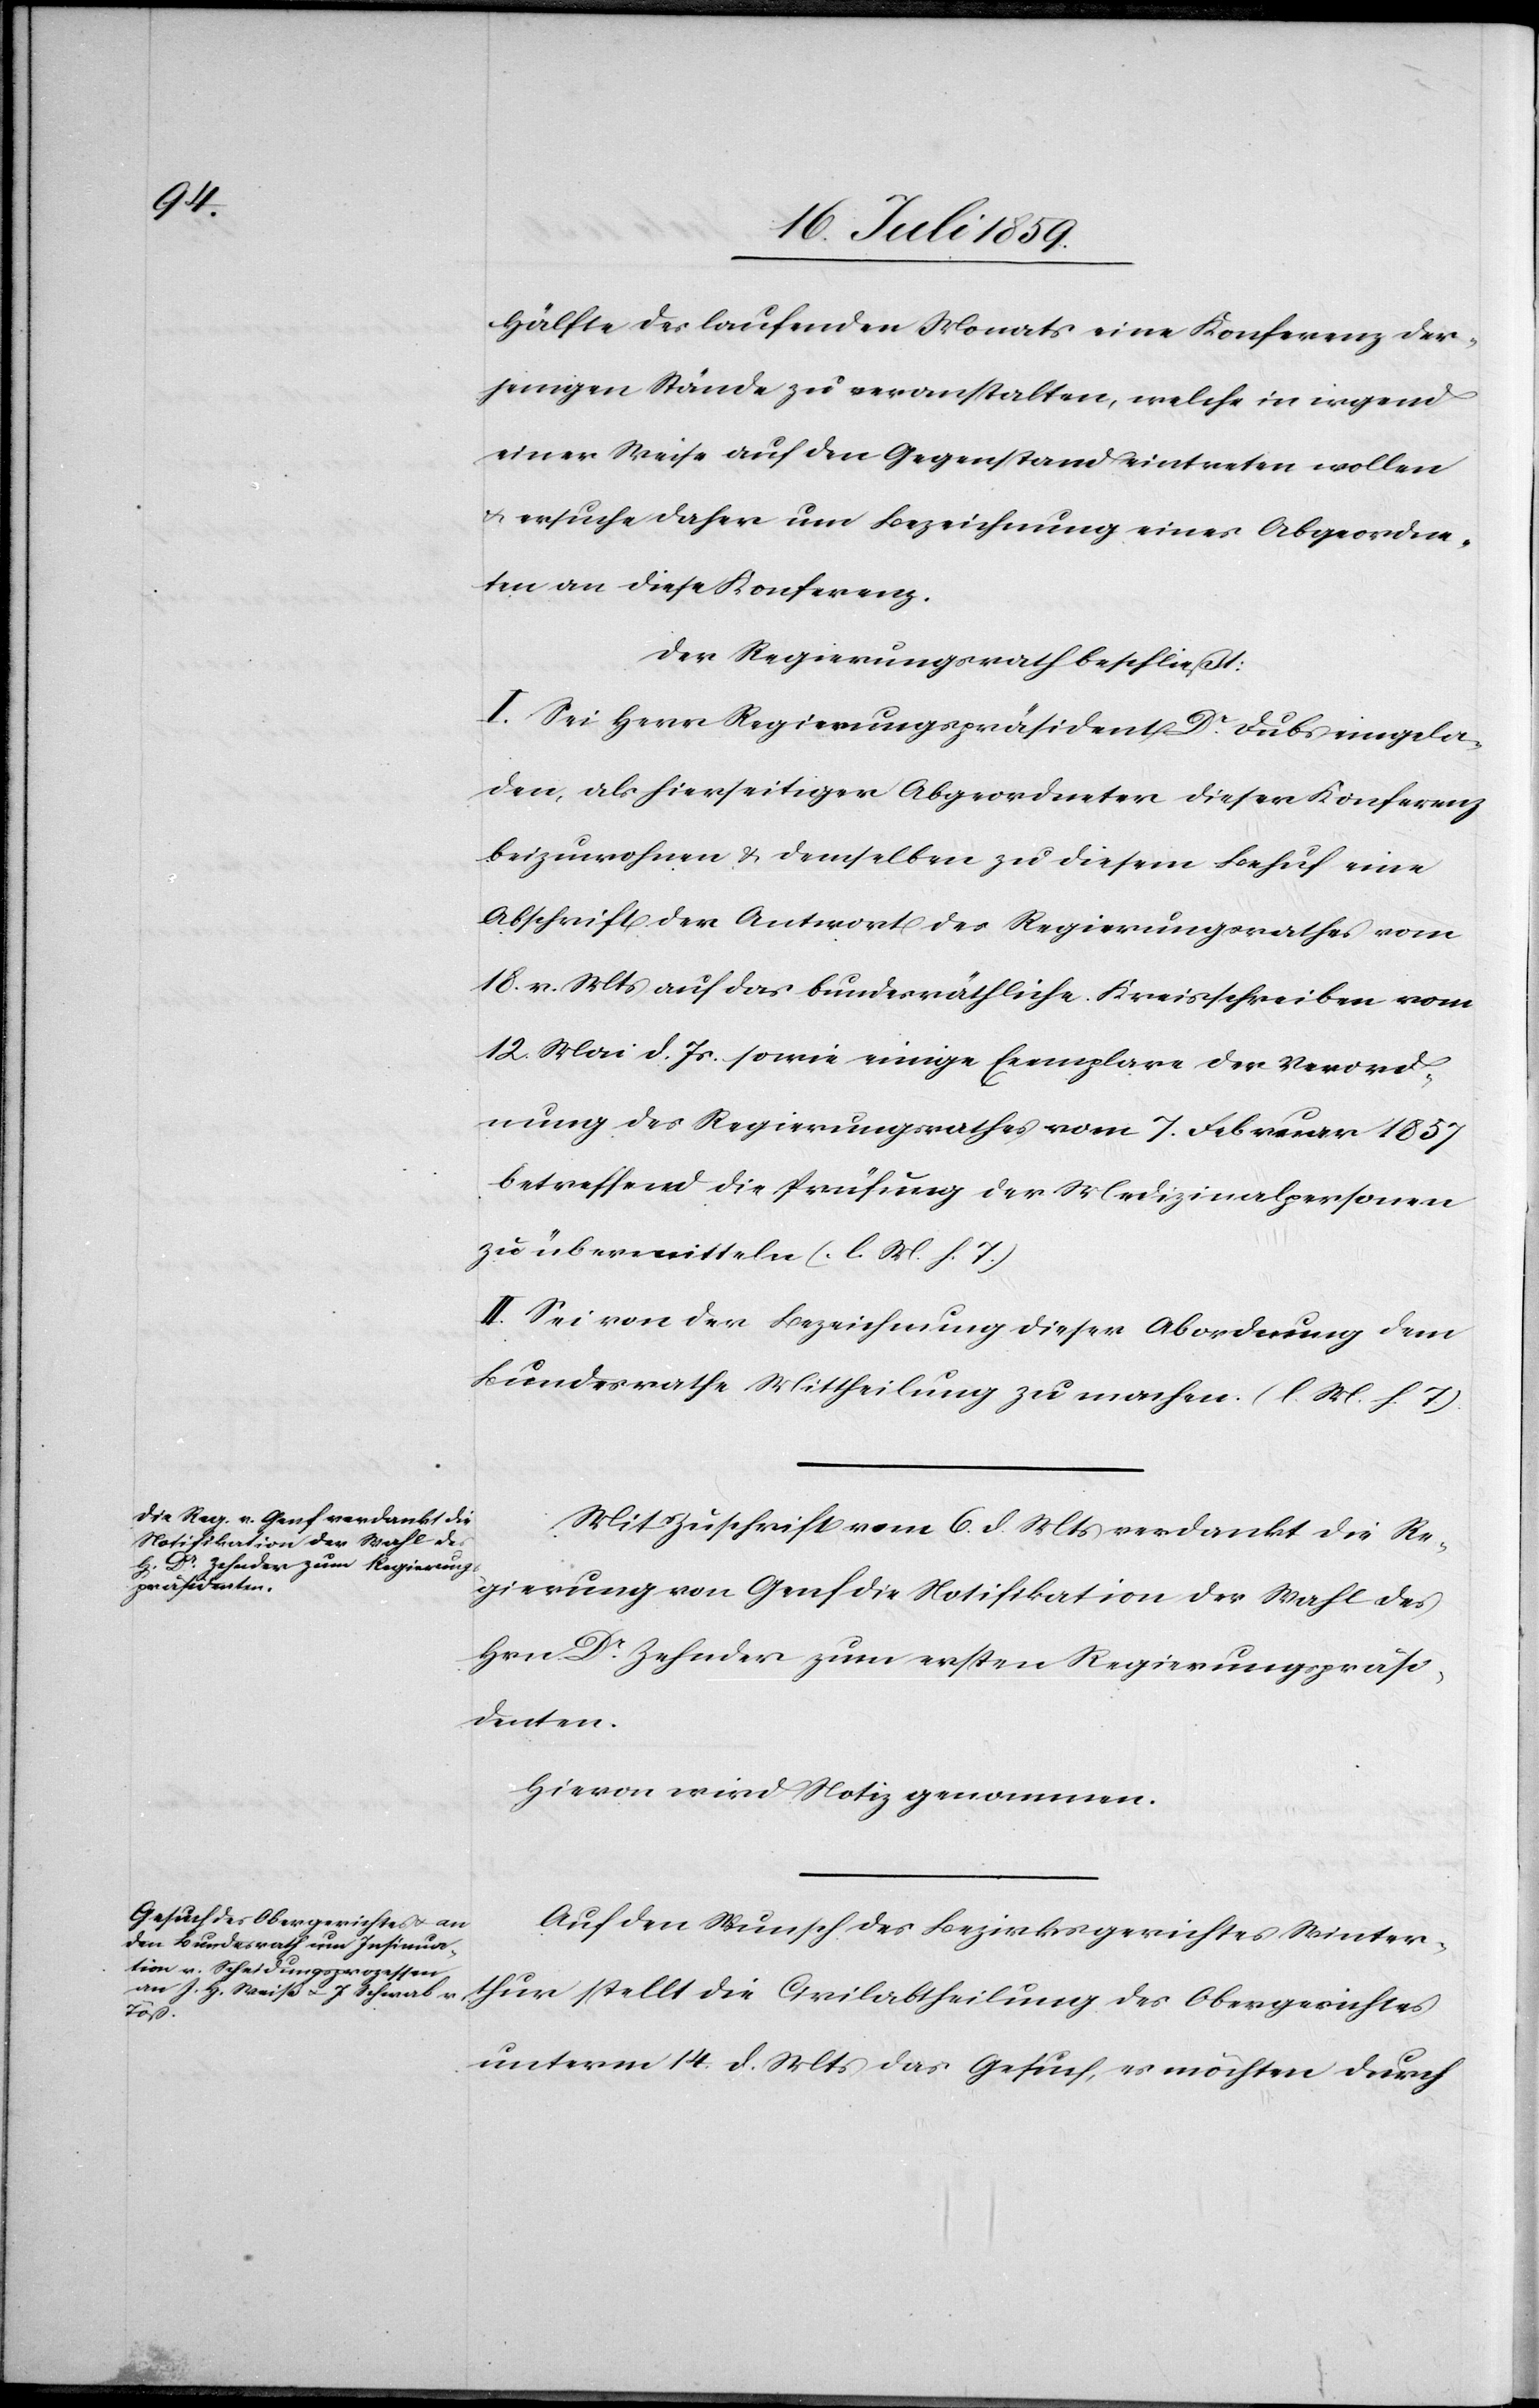
Hälfte des laufenden Monats eine Konferenz der¬
jenigen Stände zu veranstalten, welche in irgend
einer Weise auf den Gegenstand eintreten wollen
u. ersuche daher um Bezeichnung eines Abgeordne¬
ten an diese Konferenz.
Der Regierungsrath beschließt:
I. Sei Herr Regierungspräsident Dr. Dubs eingela¬
den, als hierseitiger Abgeordneter dieser Konferenz
beizuwohnen u. demselben zu diesem Behuf eine
Abschrift der Antwort des Regierungsrathes vom
18. v. Mts. auf das bundesräthliche Kreisschreiben vom
12. Mai d. Js. sowie einige Exemplare der Verord¬
nung des Regierungsrathes vom 7. Feburar 1857
betreffend die Prüfung der Medizinalpersonen
zu übermitteln (l. M. h. T.)
II. Sei von der Bezeichnung dieser Abordnung dem
Bundesrathe Mittheilung zu machen. (l. M. h. T.)
Mit Zuschrift vom 6. d. Mts. verdankt die Re¬
gierung von Genf die Notifikation der Wahl des
Hrn. Dr. Zehnder zum ersten Regierungspräsi¬
denten.
Hievon wird Notiz genommen.
Auf den Wunsch des Bezirksgerichtes Winter¬
thur stellt die Civilabtheilung des Obergerichtes
unterm 14. d. Mts. das Gesuch, es möchten durch